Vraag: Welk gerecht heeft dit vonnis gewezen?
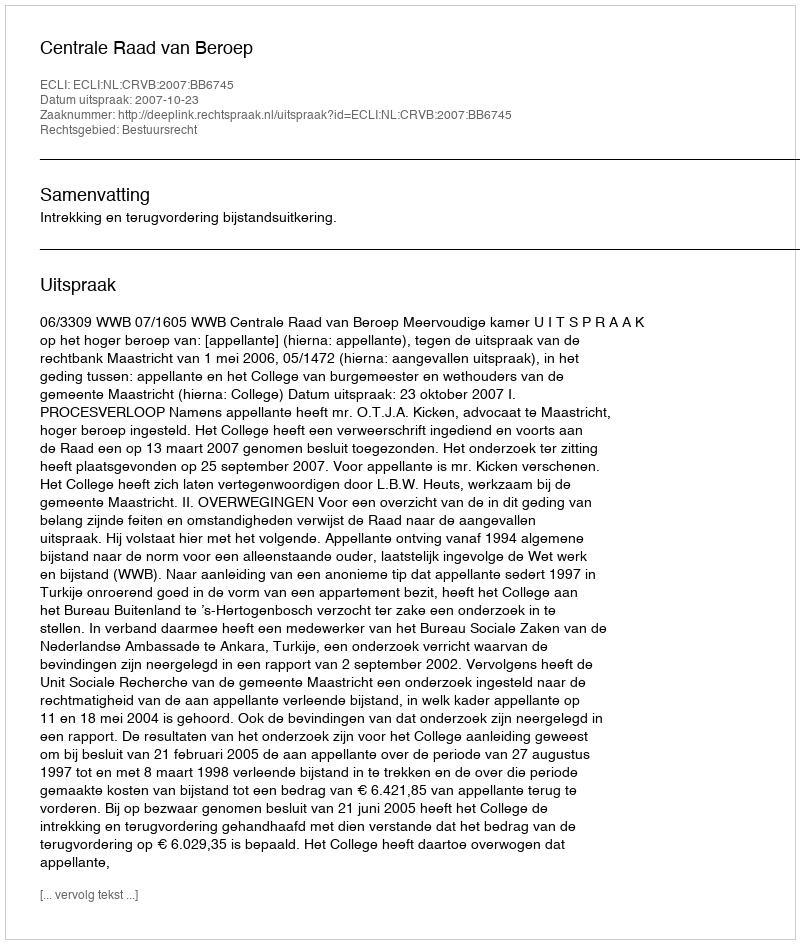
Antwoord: Centrale Raad van Beroep